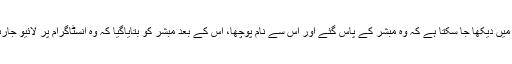
ویڈیو میں دیکھا جا سکتا ہے کہ وہ مبشر کے پاس گئے اور اس سے نام پوچھا، اس کے بعد مبشر کو بتایاگیا کہ وہ انسٹاگرام پر لائیو جارہا ہے۔